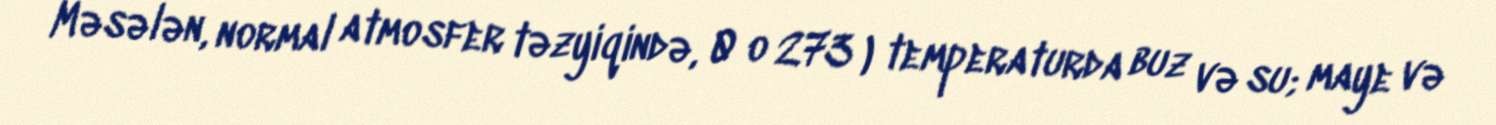
Məsələn, normal atmosfer təzyiqində, 0 o 273 ) temperaturda buz və su; maye və